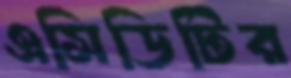
এসিডিটির